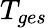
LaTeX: T_{ges}